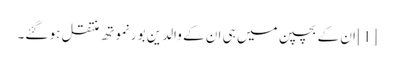
[1] ان کے بچپن میں ہی ان کے والدین بورنموتھ منتقل ہو گئے۔